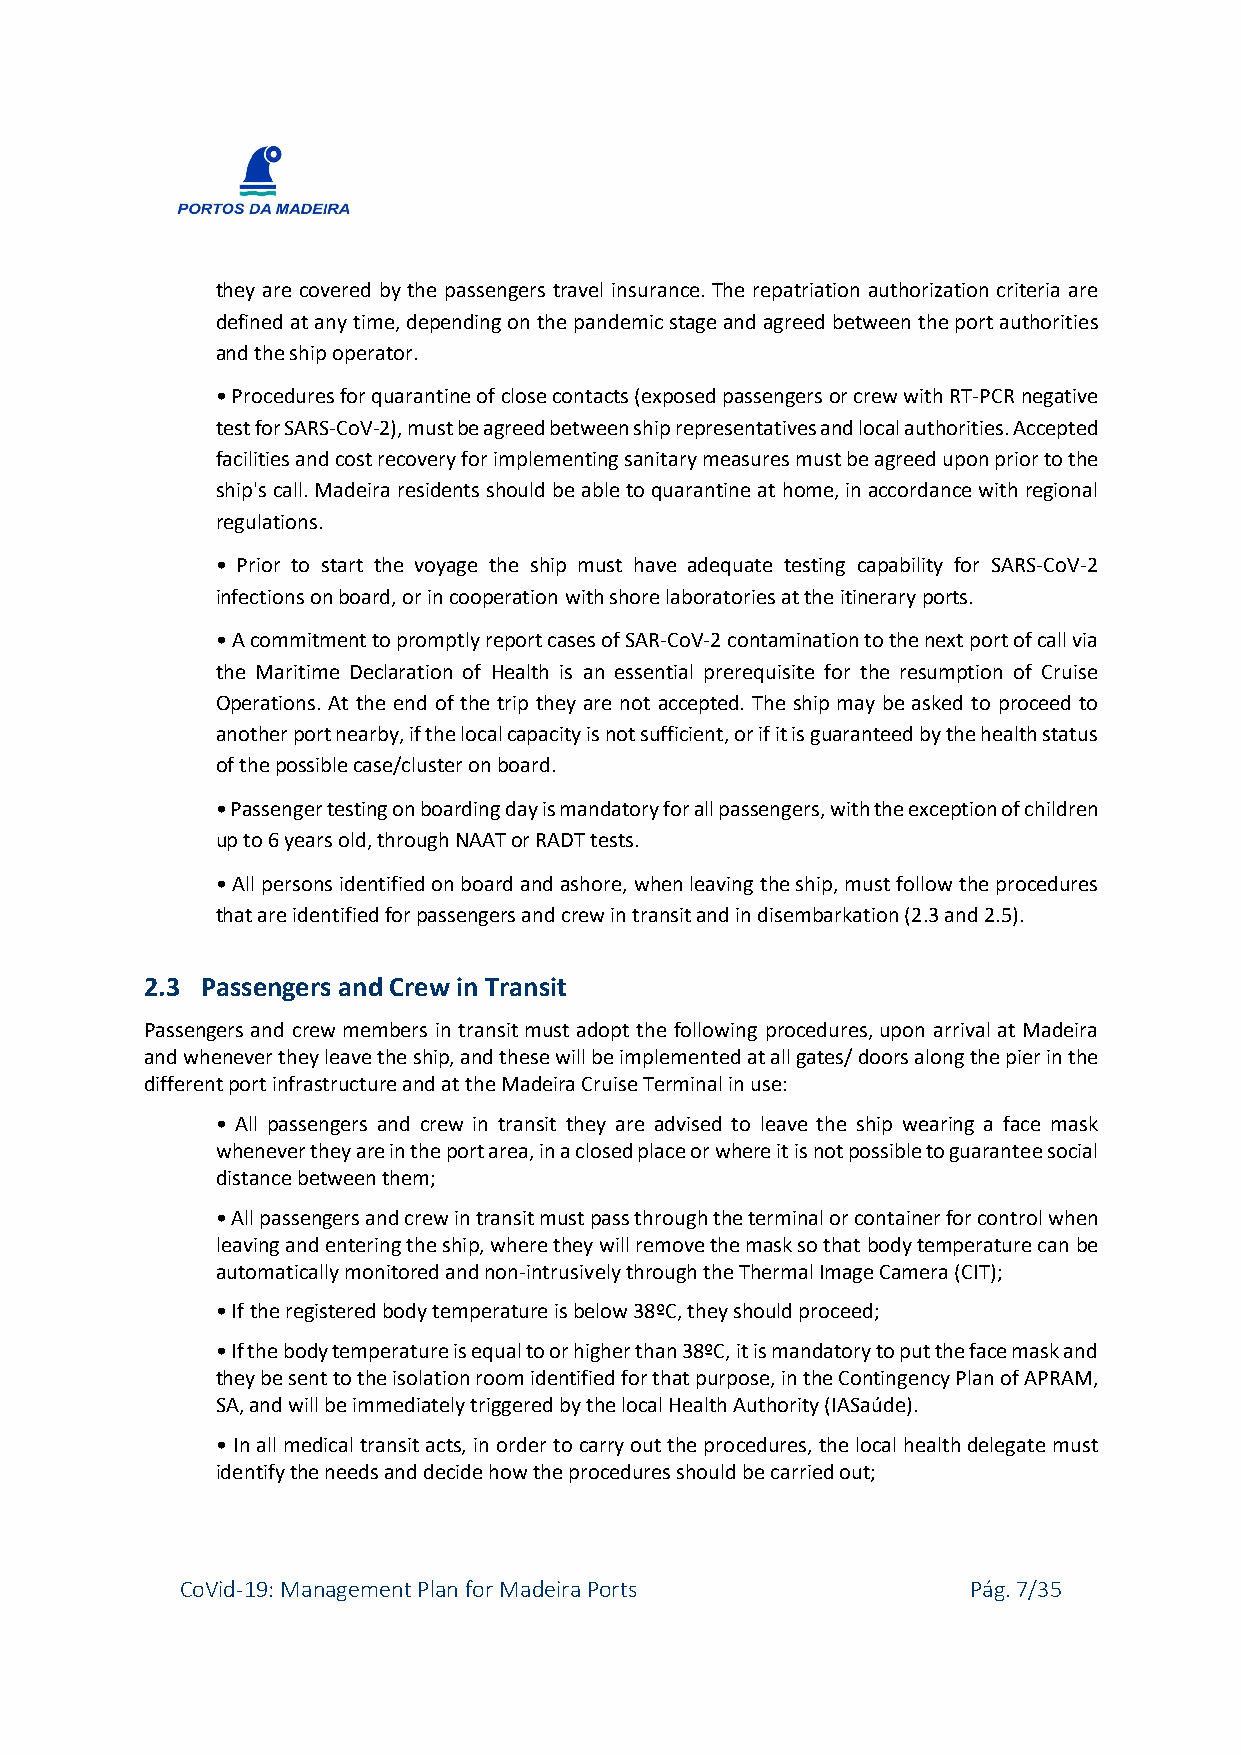
they are covered by the passengers travel insurance. The repatriation authorization criteria are
 defined at any time, depending on the pandemic stage and agreed between the port authorities
 and the ship operator.
 • Procedures for quarantine of close contacts (exposed passengers or crew with RT-PCR negative
 test for SARS-CoV-2), must be agreed between ship representatives and local authorities. Accepted
 facilities and cost recovery for implementing sanitary measures must be agreed upon prior to the
 ship's call. Madeira residents should be able to quarantine at home, in accordance with regional
 regulations.
 • Prior to start the voyage the ship must have adequate testing capability for SARS-CoV-2
 infections on board, or in cooperation with shore laboratories at the itinerary ports.
 • A commitment to promptly report cases of SAR-CoV-2 contamination to the next port of call via
 the Maritime Declaration of Health is an essential prerequisite for the resumption of Cruise
 Operations. At the end of the trip they are not accepted. The ship may be asked to proceed to
 another port nearby, if the local capacity is not sufficient, or if it is guaranteed by the health status
 of the possible case/cluster on board.
 • Passenger testing on boarding day is mandatory for all passengers, with the exception of children
 up to 6 years old, through NAAT or RADT tests.
 • All persons identified on board and ashore, when leaving the ship, must follow the procedures
 that are identified for passengers and crew in transit and in disembarkation (2.3 and 2.5).
 2.3 Passengers and Crew in Transit
 Passengers and crew members in transit must adopt the following procedures, upon arrival at Madeira
 and whenever they leave the ship, and these will be implemented at all gates/ doors along the pier in the
 different port infrastructure and at the Madeira Cruise Terminal in use:
 • All passengers and crew in transit they are advised to leave the ship wearing a face mask
 whenever they are in the port area, in a closed place or where it is not possible to guarantee social
 distance between them;
 • All passengers and crew in transit must pass through the terminal or container for control when
 leaving and entering the ship, where they will remove the mask so that body temperature can be
 automatically monitored and non-intrusively through the Thermal Image Camera (CIT);
 • If the registered body temperature is below 38ºC, they should proceed;
 • If the body temperature is equal to or higher than 38ºC, it is mandatory to put the face mask and
 they be sent to the isolation room identified for that purpose, in the Contingency Plan of APRAM,
 SA, and will be immediately triggered by the local Health Authority (IASaúde).
 • In all medical transit acts, in order to carry out the procedures, the local health delegate must
 identify the needs and decide how the procedures should be carried out;
 CoVid-19: Management Plan for Madeira Ports         Pág. 7/35